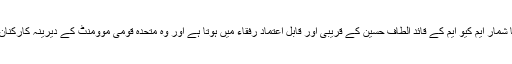
رشید گوڈیل کا شمار ایم کیو ایم کے قائد الطاف حسین کے قریبی اور قابلِ اعتماد رفقاء میں ہوتا ہے اور وہ متحدہ قومی موومنٹ کے دیرینہ کارکنان میں سے ہیں۔